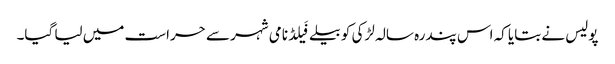
پولیس نے بتایا کہ اس پندرہ سالہ لڑکی کو بیلےفَیلڈ نامی شہر سے حراست میں لیا گیا۔